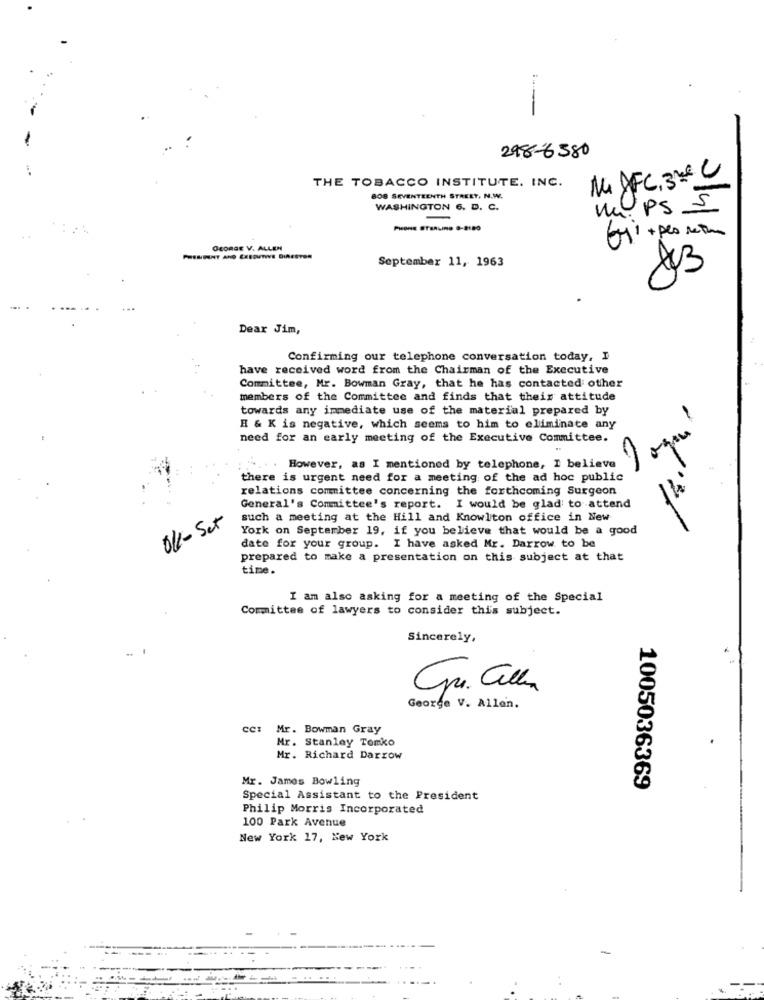
298-6580
THE TOBACCO INSTITUTE, INC.
14 DFC, 32º C
808 SEVENTEENTH STREET, N.W.
WASHINGTON 6. D. C.
MPS S
PHONE STERLING 9-2180
(11 + per rectum
GEORGE V. ALLEN
PHIHIENT AND CEEDUNIVE DIRESTOR
September 11, 1963
Dear Jim,
Confirming our telephone conversation today, I
have received word from the Chairman of the Executive
Committee, Mr. Bowman Gray, that he has contacted other
members of the Committee and finds that their attitude
towards any immediate use of the material prepared by
H & K is negative, which seems to him to eliminate any
need for an early meeting of the Executive Committee.
However, as I mentioned by telephone, I believe
there is urgent need for a meeting of the ad hoc public
relations committee concerning the forthcoming Surgeon
General's Committee's report. I would be glad to attend
OK- Set
such a meeting at the Hill and Knowlton office in New
York on September 19, if you believe that would be a good
date for your group. I have asked Mr. Darrow to be
prepared to make a presentation on this subject at that
time.
I am also asking for a meeting of the Special
Committee of lawyers to consider this subject.
Sincerely,
Gr. Callin
George V. Allen.
Mr. Bowman Gray
Mr. Stanley Tomko
Mr. Richard Darrow
Mr. James Bowling
1005036369
Special Assistant to the President
Philip Morris Incorporated
100 Park Avenue
New York 17, New York